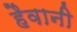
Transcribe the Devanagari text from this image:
हैवानी